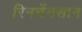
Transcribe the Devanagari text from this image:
रिनचेंगसान